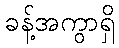
ခန့်အကွာရှိ